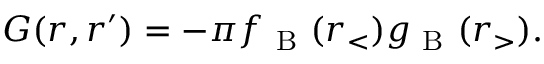
\begin{array} { r } { G ( r , r ^ { \prime } ) = - \pi f _ { \mathrm { ~ B ~ } } ( r _ { < } ) g _ { \mathrm { ~ B ~ } } ( r _ { > } ) . } \end{array}